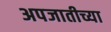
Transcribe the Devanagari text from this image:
अपजातीच्या